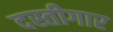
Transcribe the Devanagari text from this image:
दस्तीगार